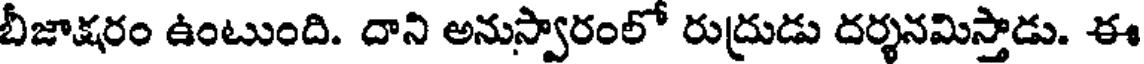
బీజాక్షరం ఉంటుంది. దాని అనుస్వారంలో రుద్రుడు దర్శనమిస్తాడు. ఈ